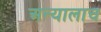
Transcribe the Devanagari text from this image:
अन्यालाच